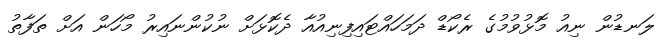
ލަނޑުން ނިއު މޮޅުވުމުގެ ރެކޯޑް ދަމަހައްޓައިފިނިއުއާ ދެކޮޅަށް ނުކުންނައިރު މޯހަން އަށް ތަފާތު